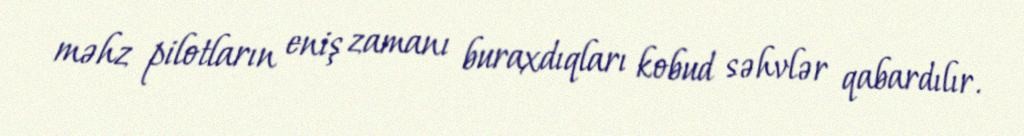
məhz pilotların eniş zamanı buraxdıqları kobud səhvlər qabardılır.